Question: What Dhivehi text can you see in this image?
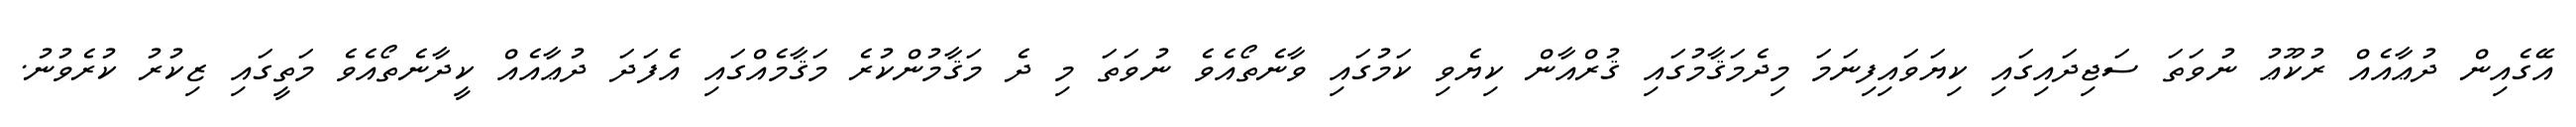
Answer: އޭގެއިން ދުޢާއެއް ރުކޫޢު ނުވަތަ ސަޖިދައިގައި ކިޔަވައިފިނަމަ މިދެމަޤާމުގައި ޤުރްއާން ކިޔެވި ކަމުގައި ވާނެތޯއެވެ ނުވަތަ މި ދެ މަޤާމުންކުރެ މަޤާމެއްގައި އެފަދަ ދުޢާއެއް ކީދާނެތޯއެވެ މަތީގައި ޒިކުރު ކުރެވުނު.